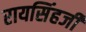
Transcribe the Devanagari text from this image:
रायसिंहजी